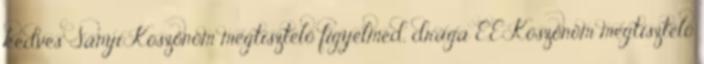
kedves Sanyi Köszönöm megtisztelő figyelmed, drága E.E Köszönöm megtisztelő